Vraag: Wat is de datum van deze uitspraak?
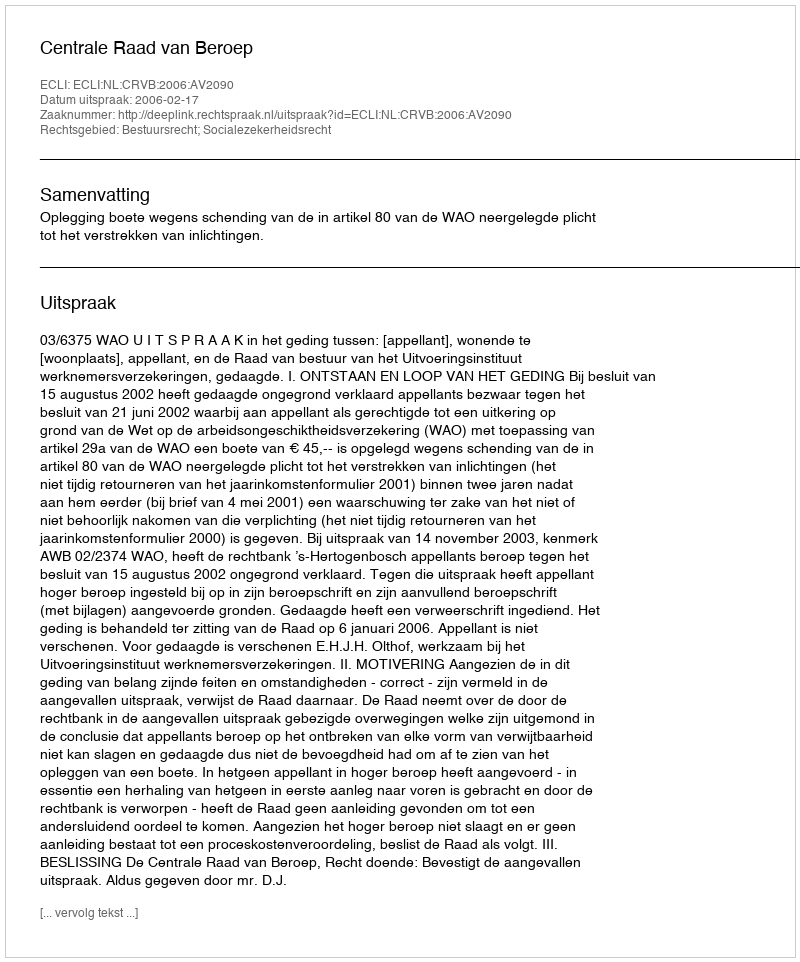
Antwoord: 2006-02-17